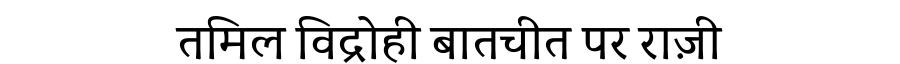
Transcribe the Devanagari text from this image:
तमिल विद्रोही बातचीत पर राज़ी